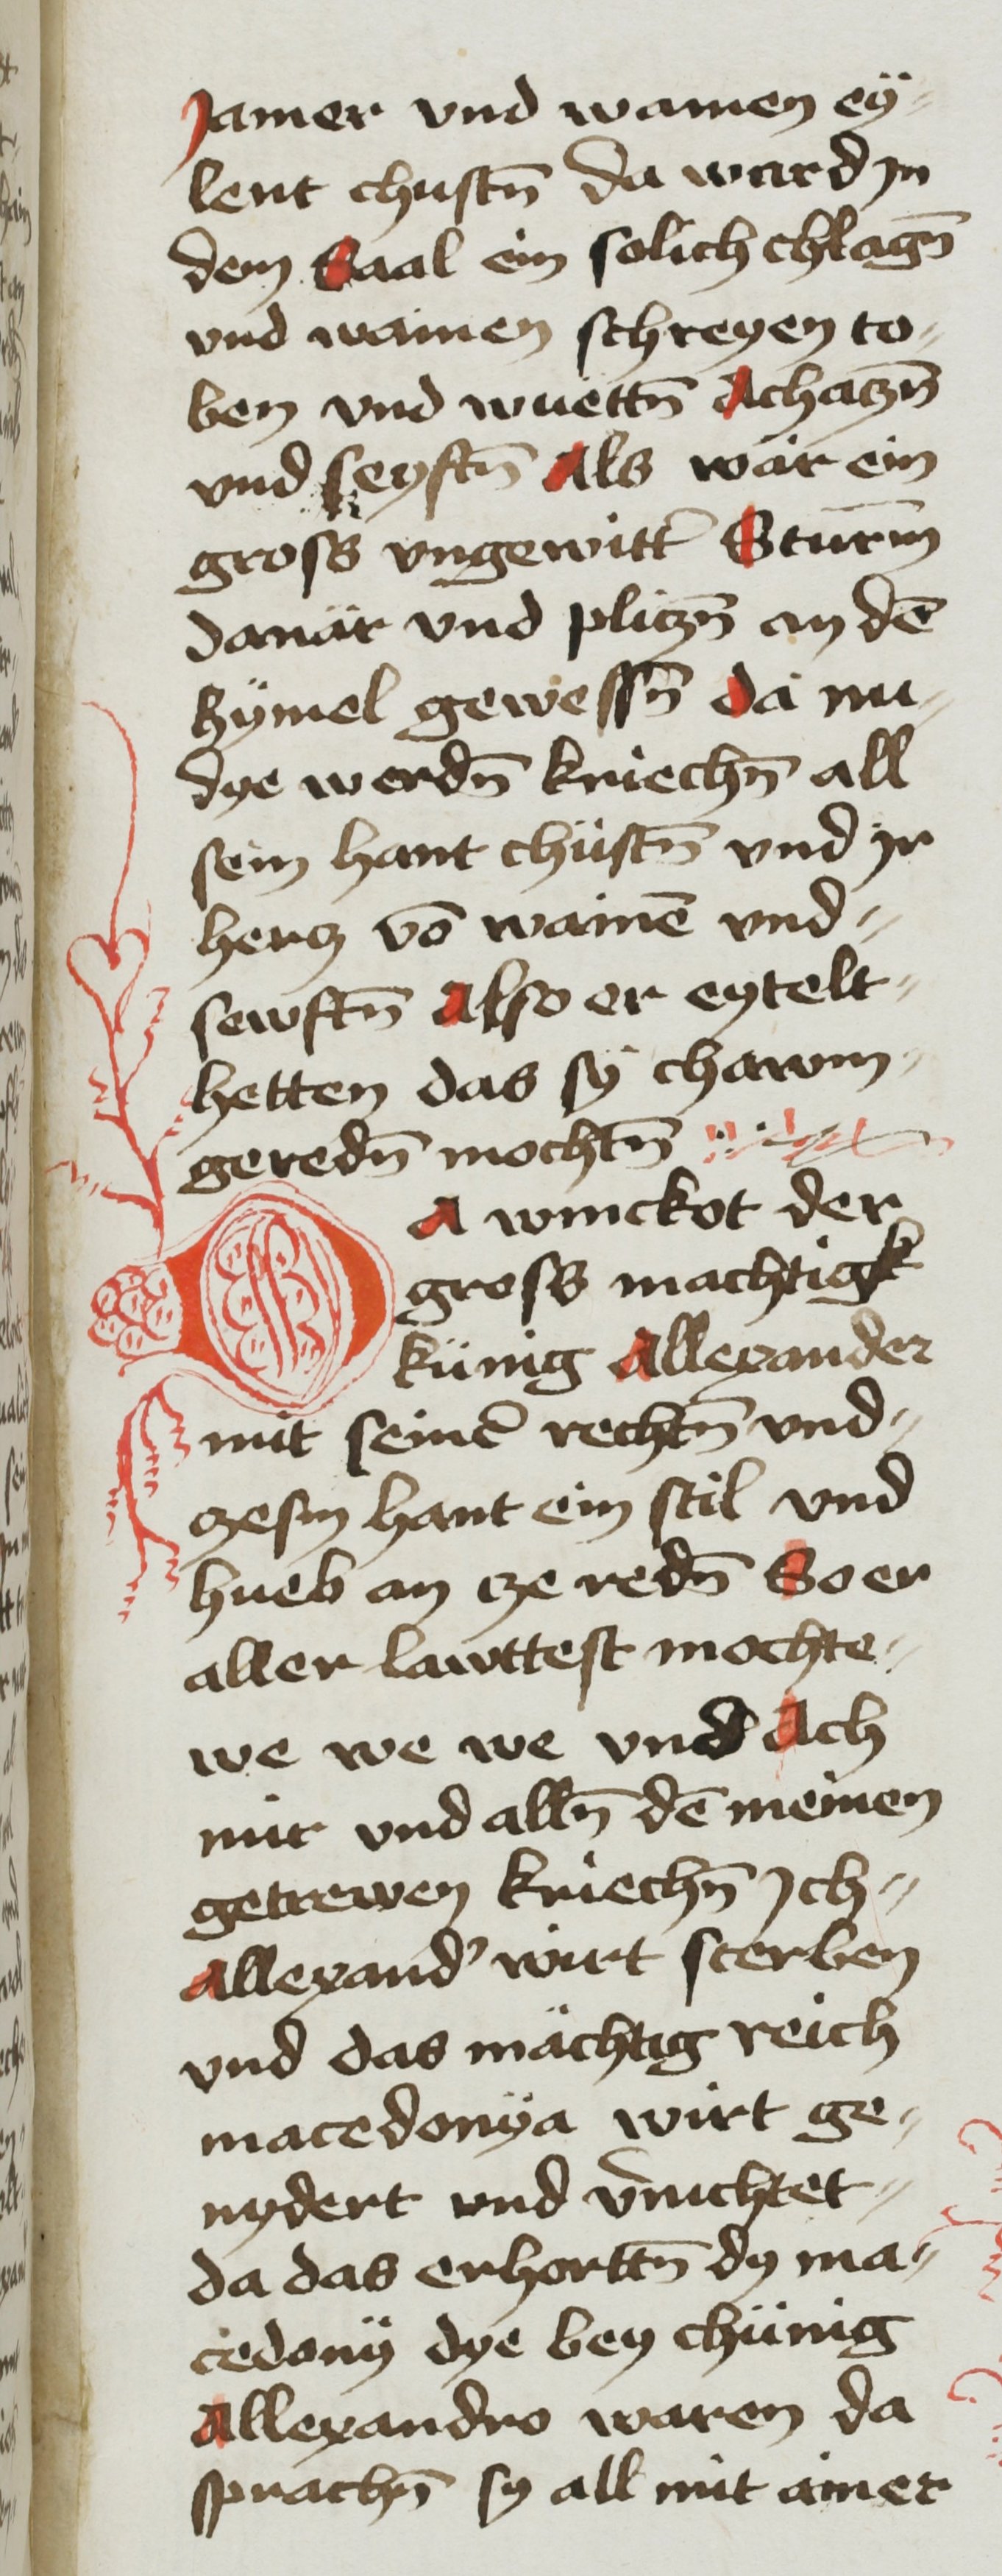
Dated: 1468–1468